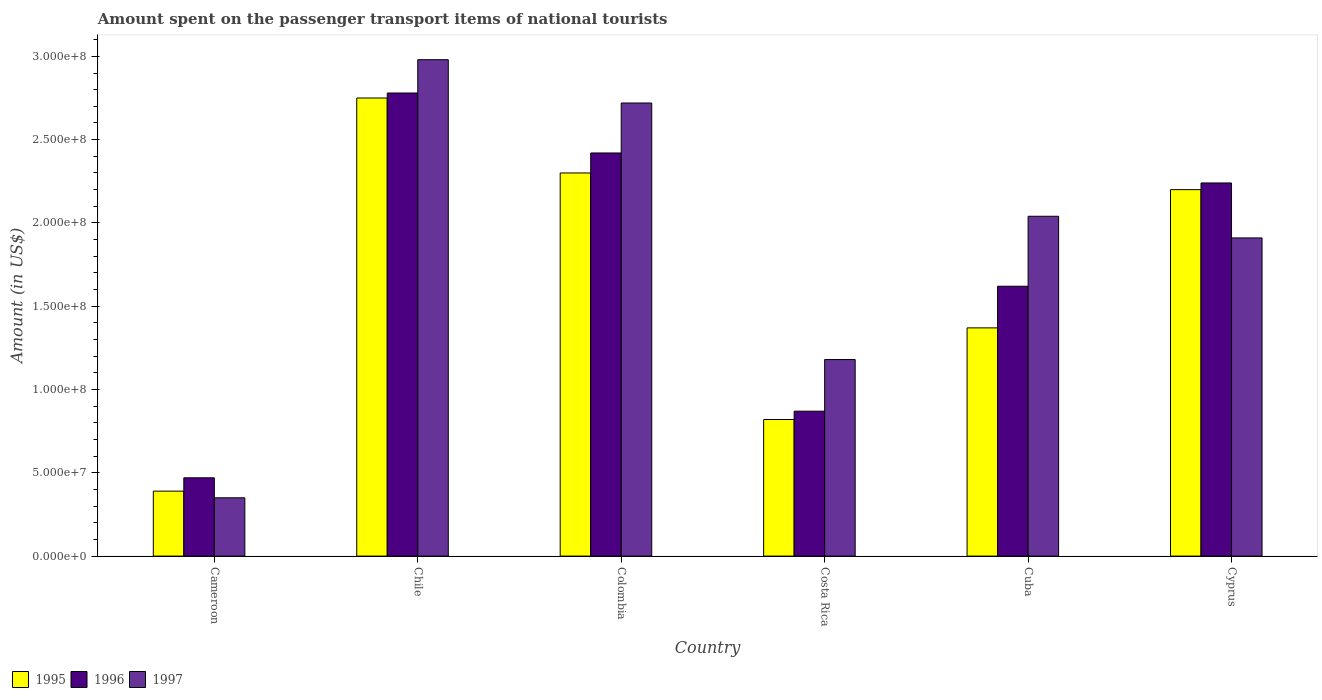
| Country | 1995 | 1996 | 1997 |
 | --- | --- | --- | --- |
 | Cameroon | 3.9e+07 | 4.7e+07 | 3.5e+07 |
 | Chile | 2.75e+08 | 2.78e+08 | 2.98e+08 |
 | Colombia | 2.3e+08 | 2.42e+08 | 2.72e+08 |
 | Costa Rica | 8.2e+07 | 8.7e+07 | 1.18e+08 |
 | Cuba | 1.37e+08 | 1.62e+08 | 2.04e+08 |
 | Cyprus | 2.2e+08 | 2.24e+08 | 1.91e+08 |